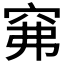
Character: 𱶵